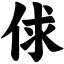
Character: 俅